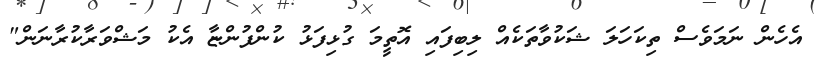
އެހެން ނަމަވެސް ތިކަހަލަ ޝަކުވާތަކެއް ލިބިފައި އޮތީމަ ގުޅިފަޅު ކުންފުންޏާ އެކު މަޝްވަރާކުރާނަން"